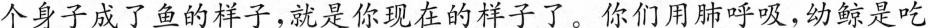
个身子成了鱼的样子，就是你现在的样子了。你们用肺呼吸，幼鲸是吃